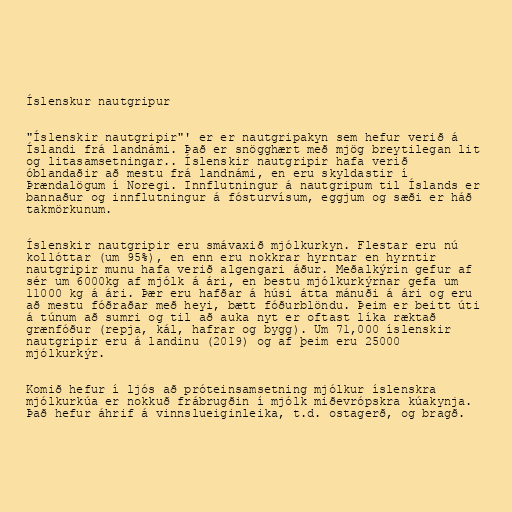
Íslenskur nautgripur

"Íslenskir nautgripir"' er er nautgripakyn sem hefur verið á
Íslandi frá landnámi. Það er snögghært með mjög breytilegan lit
og litasamsetningar.. Íslenskir nautgripir hafa verið
óblandaðir að mestu frá landnámi, en eru skyldastir í
Þrændalögum í Noregi. Innflutningur á nautgripum til Íslands er
bannaður og innflutningur á fósturvísum, eggjum og sæði er háð
takmörkunum.

Íslenskir nautgripir eru smávaxið mjólkurkyn. Flestar eru nú
kollóttar (um 95%), en enn eru nokkrar hyrntar en hyrntir
nautgripir munu hafa verið algengari áður. Meðalkýrin gefur af
sér um 6000kg af mjólk á ári, en bestu mjólkurkýrnar gefa um
11000 kg á ári. Þær eru hafðar á húsi átta mánuði á ári og eru
að mestu fóðraðar með heyi, bætt fóðurblöndu. Þeim er beitt úti
á túnum að sumri og til að auka nyt er oftast líka ræktað
grænfóður (repja, kál, hafrar og bygg). Um 71,000 íslenskir
nautgripir eru á landinu (2019) og af þeim eru 25000
mjólkurkýr.

Komið hefur í ljós að próteinsamsetning mjólkur íslenskra
mjólkurkúa er nokkuð frábrugðin í mjólk miðevrópskra kúakynja.
Það hefur áhrif á vinnslueiginleika, t.d. ostagerð, og bragð.